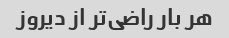
هر بار راضی‌تر از دیروز